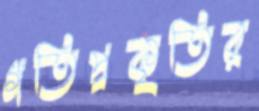
গতিপ্রকৃতির